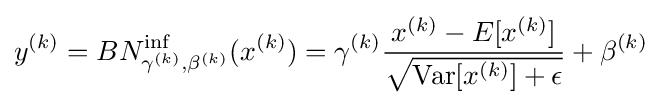
y^{(k)}=BN_{\gamma ^{(k)},\beta ^{(k)}}^{\text{inf}}(x^{(k)})=\gamma ^{(k)}{\frac {x^{(k)}-E[x^{(k)}]}{\sqrt {\operatorname {Var} [x^{(k)}]+\epsilon }}}+\beta ^{(k)}